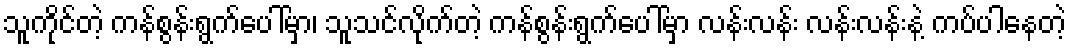
သူကိုင်တဲ့ ကန်စွန်းရွက်ပေါ်မှာ၊ သူသင်လိုက်တဲ့ ကန်စွန်းရွက်ပေါ်မှာ လန်းလန်း လန်းလန်းနဲ့ ကပ်ပါနေတဲ့